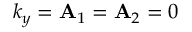
k _ { y } = { \bf A } _ { 1 } = { \bf A } _ { 2 } = 0